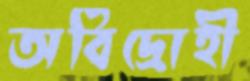
অবিদ্রোহী